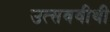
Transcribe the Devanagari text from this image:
उत्सववीथी